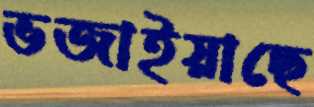
ভজাইয়াছে